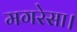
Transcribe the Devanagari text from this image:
मगरेसा।